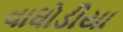
વાધોડીયા